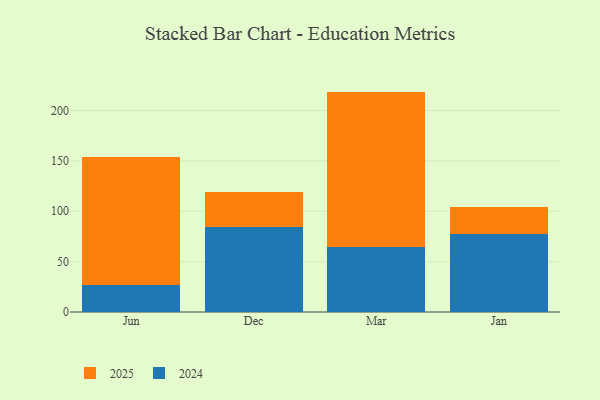
{"axis": {"x": "Month", "y": "Website Visitors"}, "legend": ["2024", "2025"], "data": [{"x": "Jun", "y": 126.7, "type": "2025"}, {"x": "Jun", "y": 26.9, "type": "2024"}, {"x": "Dec", "y": 35.6, "type": "2025"}, {"x": "Dec", "y": 83.9, "type": "2024"}, {"x": "Mar", "y": 153.9, "type": "2025"}, {"x": "Mar", "y": 64.9, "type": "2024"}, {"x": "Jan", "y": 26.6, "type": "2025"}, {"x": "Jan", "y": 77.5, "type": "2024"}]}